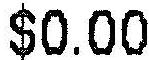
$0.00